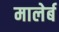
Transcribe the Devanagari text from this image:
मालेर्ब